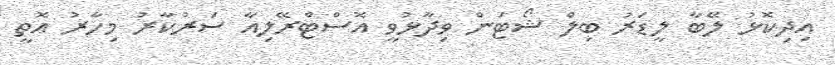
އިދިކޮޅު ލޭބާ ލީޑަރު ބިލް ޝޯޓަން ވިދާޅުވީ އޮސްޓްރޭލިއާ ސަރުކާރު މިހާރު އޮތީ